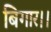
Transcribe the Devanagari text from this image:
बिगार।।